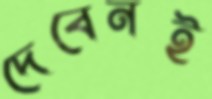
দেবেনই